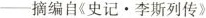
—摘编自《史记▪李斯列传》